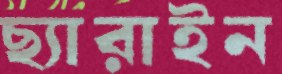
ছ্যারাইন